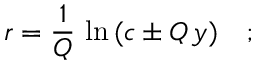
r = \frac { 1 } { Q } \, \ln \, ( c \pm Q \, y ) \quad ; \quad